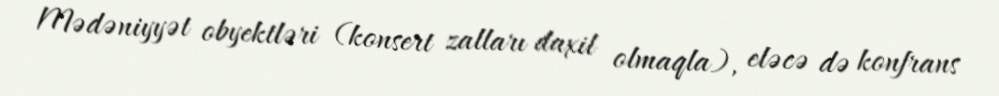
Mədəniyyət obyektləri (konsert zalları daxil olmaqla), eləcə də konfrans